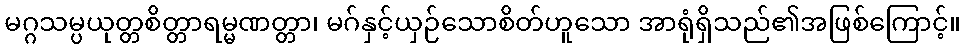
မဂ္ဂသမ္ပယုတ္တစိတ္တာရမ္မဏတ္တာ၊ မဂ်နှင့်ယှဉ်သောစိတ်ဟူသော အာရုံရှိသည်၏အဖြစ်ကြောင့်။